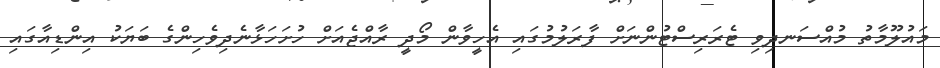
މައުލޫމާތު މުއްސަނދިވި ޓެރަރިސްޓުންނަށް ފާރަލުމުގައި އެހީވާން މޯދީ ރާއްޖެއަށް ހުށަހަޅާނެދިވެހިންގެ ބަޔަކު އިންޑިއާގައި